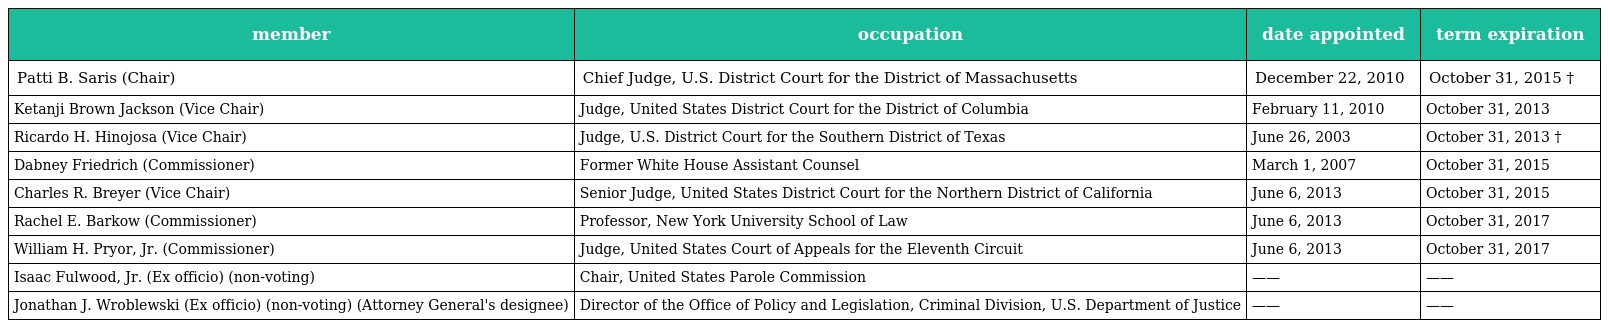
| member | occupation | date appointed | term expiration |
 | --- | --- | --- | --- |
 | Patti B. Saris (Chair) | Chief Judge, U.S. District Court for the District of Massachusetts | December 22, 2010 | October 31, 2015 † |
 | Ketanji Brown Jackson (Vice Chair) | Judge, United States District Court for the District of Columbia | February 11, 2010 | October 31, 2013 |
 | Ricardo H. Hinojosa (Vice Chair) | Judge, U.S. District Court for the Southern District of Texas | June 26, 2003 | October 31, 2013 † |
 | Dabney Friedrich (Commissioner) | Former White House Assistant Counsel | March 1, 2007 | October 31, 2015 |
 | Charles R. Breyer (Vice Chair) | Senior Judge, United States District Court for the Northern District of California | June 6, 2013 | October 31, 2015 |
 | Rachel E. Barkow (Commissioner) | Professor, New York University School of Law | June 6, 2013 | October 31, 2017 |
 | William H. Pryor, Jr. (Commissioner) | Judge, United States Court of Appeals for the Eleventh Circuit | June 6, 2013 | October 31, 2017 |
 | Isaac Fulwood, Jr. (Ex officio) (non-voting) | Chair, United States Parole Commission | —— | —— |
 | Jonathan J. Wroblewski (Ex officio) (non-voting) (Attorney General's designee) | Director of the Office of Policy and Legislation, Criminal Division, U.S. Department of Justice | —— | —— |